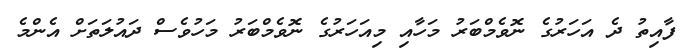
ފާއިތު ދެ އަހަރުގެ ނޮވެމްބަރު މަހާއި މިއަހަރުގެ ނޮވެމްބަރު މަހުވެސް ދައުލަތަށް އެންމެ